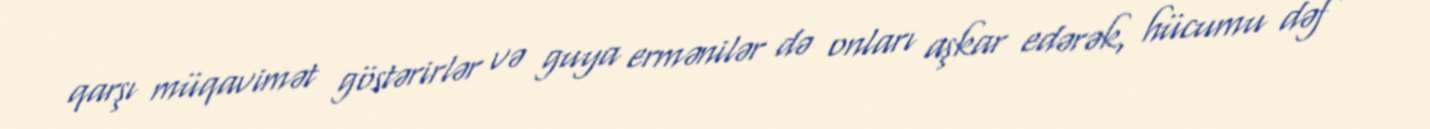
qarşı müqavimət göstərirlər və guya ermənilər də onları aşkar edərək, hücumu dəf